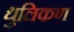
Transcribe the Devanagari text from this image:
धुलिकण